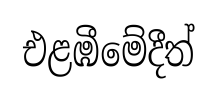
එළඹීමේදීත්